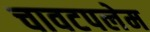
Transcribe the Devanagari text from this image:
चावटपलेम